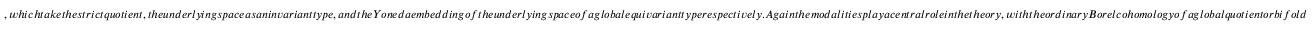
, w h i c h t a k e t h e s t r i c t q u o t i e n t , t h e u n d e r l y i n g s p a c e a s a n i n v a r i a n t t y p e , a n d t h e Y o n e d a e m b e d d i n g o f t h e u n d e r l y i n g s p a c e o f a g l o b a l e q u i v a r i a n t t y p e r e s p e c t i v e l y . A g a i n t h e m o d a l i t i e s p l a y a c e n t r a l r o l e i n t h e t h e o r y , w i t h t h e o r d i n a r y B o r e l c o h o m o l o g y o f a g l o b a l q u o t i e n t o r b i f o l d